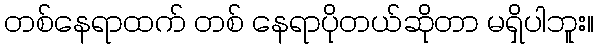
တစ်နေရာထက် တစ် နေရာပိုတယ်ဆိုတာ မရှိပါဘူး။